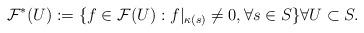
LaTeX: \begin{align*}\mathcal{F}^*(U):=\{f\in \mathcal{F}(U): f\vert_{\kappa(s)}\neq 0,\forall s\in S\} \forall U\subset S.\end{align*}